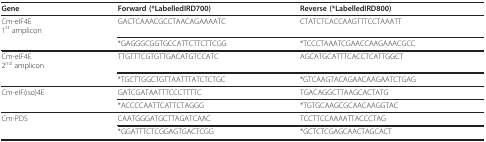
| Gene | Forward (*LabelledIRD700) | Reverse (*LabelledIRD800) |
 | --- | --- | --- |
 | Cm-eIF4E1st amplicon | GACTCAAACGCCTAACAGAAAATC | CTATCTCACCAAGTTTCCTAAATT |
 |  | *GAGGGCGGTGCCATTCTTCTTCGG | *TCCCTAAATCGAACCAAGAAACGCC |
 | Cm-eIF4E2nd amplicon | TTGTTTCGTGTTGACATGTCCATC | AGCATGCATTTCACCTCATTGGCT |
 |  | *TGCTTGGCTGTTAATTTATCTCTGC | *GTCAAGTACAGAACAAGAATCTGAG |
 | Cm-eIF(iso)4E | GATCGATAATTTCCCTTTTC | TGACAGGCTTAAGCACTATG |
 |  | *ACCCCAATTCATTCTAGGG | *TGTGCAAGCGCAACAAGGTAC |
 | Cm-PDS | CAATGGGATGCTTAGATCAAC | TCCTTCCAAAATTACCCTAG |
 |  | *GGATTTCTCGGAGTGACTCGG | *GCTCTCGAGCAACTAGCACT |